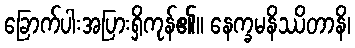
ခြောက်ပါးအပြားရှိကုန်၏။ နေက္ခမနိဿိတာနိ၊